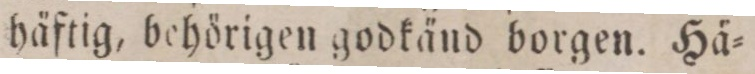
häftig, behörigen godkänd borgen. Hä=